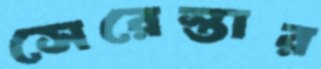
সেরেস্তার